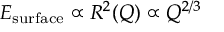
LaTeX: E _ { \mathrm { s u r f a c e } } \propto R ^ { 2 } ( Q ) \propto Q ^ { 2 / 3 }